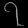
Digit: ၇